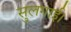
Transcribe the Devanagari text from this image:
सुलगाई।